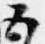
五